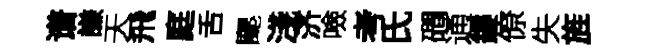
谱謙天飛庭舌颸淺济噞考氏磵通鏤僚失旌